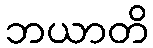
ဘယာတိ